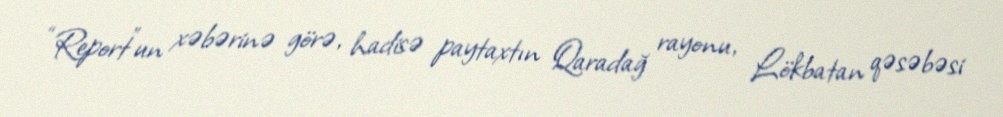
“Report”un xəbərinə görə, hadisə paytaxtın Qaradağ rayonu, Lökbatan qəsəbəsi